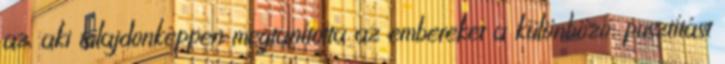
az, aki tulajdonképpen megtanította az embereket a különböző, pusztítást